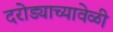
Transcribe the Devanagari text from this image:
दरोड्याच्यावेळी